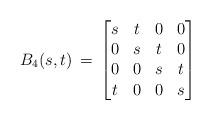
LaTeX: \begin{align*}B_4(s,t) \,=\, \begin{bmatrix}s & t & 0 & 0 \\0 & s & t & 0 \\0 & 0 & s & t \\t & 0 & 0 & s \\\end{bmatrix} \end{align*}